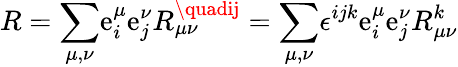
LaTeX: R={\displaystyle\sum_{\mu,\nu}}\mathrm{e}_{i}^{\mu}\mathrm{e}_{j}^{\nu}R_{\mu\nu}^{\quadij}={\displaystyle\sum_{\mu,\nu}}\epsilon^{ijk}\mathrm{e}_{i}^{\mu}\mathrm{e}_{j}^{\nu}R_{\mu\nu}^{k}